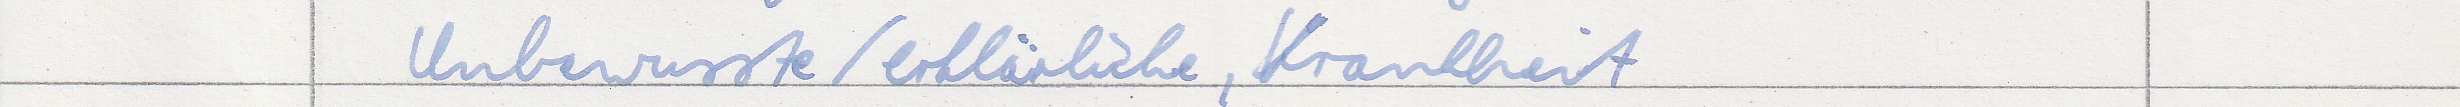
Unbewusste / erklärliche, Krankheit